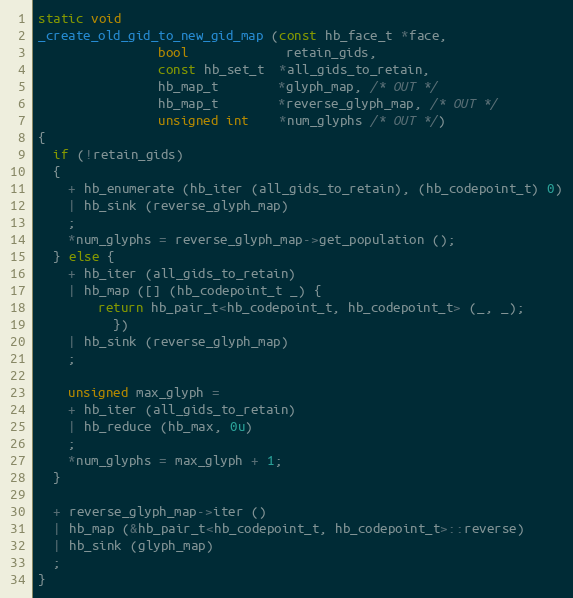
Language: C++
static void
_create_old_gid_to_new_gid_map (const hb_face_t *face,
				bool             retain_gids,
				const hb_set_t  *all_gids_to_retain,
				hb_map_t        *glyph_map, /* OUT */
				hb_map_t        *reverse_glyph_map, /* OUT */
				unsigned int    *num_glyphs /* OUT */)
{
  if (!retain_gids)
  {
    + hb_enumerate (hb_iter (all_gids_to_retain), (hb_codepoint_t) 0)
    | hb_sink (reverse_glyph_map)
    ;
    *num_glyphs = reverse_glyph_map->get_population ();
  } else {
    + hb_iter (all_gids_to_retain)
    | hb_map ([] (hb_codepoint_t _) {
		return hb_pair_t<hb_codepoint_t, hb_codepoint_t> (_, _);
	      })
    | hb_sink (reverse_glyph_map)
    ;

    unsigned max_glyph =
    + hb_iter (all_gids_to_retain)
    | hb_reduce (hb_max, 0u)
    ;
    *num_glyphs = max_glyph + 1;
  }

  + reverse_glyph_map->iter ()
  | hb_map (&hb_pair_t<hb_codepoint_t, hb_codepoint_t>::reverse)
  | hb_sink (glyph_map)
  ;
}